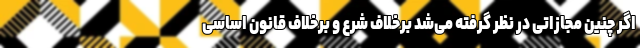
اگر چنین مجازاتی در نظر گرفته می‌شد برخلاف شرع و برخلاف قانون اساسی